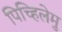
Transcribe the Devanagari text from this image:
पिच्हिलेमु